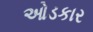
ઓડકાર